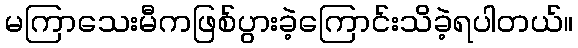
မကြာသေးမီကဖြစ်ပွားခဲ့ကြောင်းသိခဲ့ရပါတယ်။